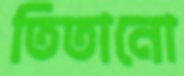
তিতানো